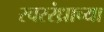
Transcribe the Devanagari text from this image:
स्वररंध्राच्या